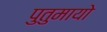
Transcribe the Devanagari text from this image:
पुतुमायो